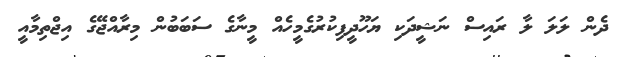
ދެން ލަލަ ލާ ރައިސް ނަޝީދަކި ޔަހޫދީފިކުރުގެމީހެއް މީނާގެ ސަބަބުން މިރާއްޖޭގެ އިޖްތިމާއީ